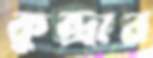
কুন্দ্রার